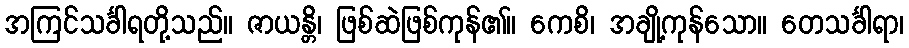
အကြင်သင်္ခါရတို့သည်။ ဇာယန္တိ၊ ဖြစ်ဆဲဖြစ်ကုန်၏။ ကေစိ၊ အချို့ကုန်သော။ တေသင်္ခါရာ၊